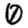
Digit: 0